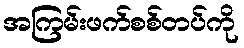
အကြမ်းဖက်စစ်တပ်ကို